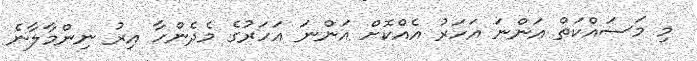
މި މަސައްކަތް އަންނަ އަހަރު އެއްކޮށް އަންނަ އަހަރުގެ މެދެންހާ އިރު ނިންމާލާނެ